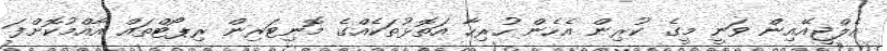
އެލްޖީއޭއިން ވަނީ މީގެ ކުރިން އެހެން ހުރިހާ އަތޮޅުތަކެއްގެ މޮނިޓަރިން ރިޕޯޓްތައް އާއްމުކޮށްފަ